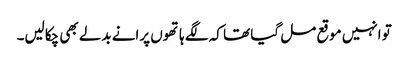
تو انہیں موقع مل گیا تھا کہ لگے ہاتھوں پرانے بدلے بھی چکالیں۔